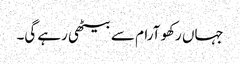
جہاں رکھو آرام سے بیٹھی رہے گی۔